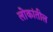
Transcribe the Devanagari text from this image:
लोकांतील